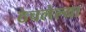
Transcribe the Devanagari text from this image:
ठेचलेल्या